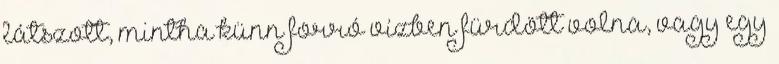
látszott, mintha künn forró vízben fürdött volna, vagy egy